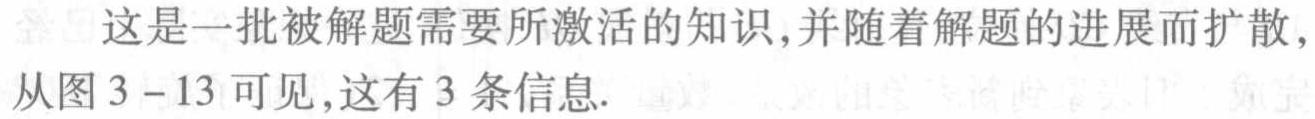
这是一批被解题需要所激活的知识,并随着解题的进展而扩散,从图 3 - 13 可见,这有 3 条信息.